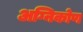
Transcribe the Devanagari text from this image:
अग्निकोण